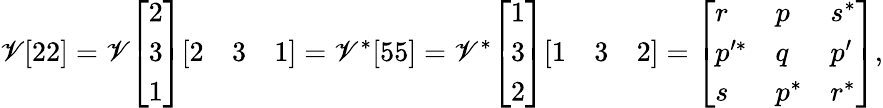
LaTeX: \mathscr{V}[22]=\mathscr{V}{\left[\begin{array}{l}{2}\\ {3}\\ {1}\end{array}\right]}{\left[\begin{array}{lll}{2}&{3}&{1}\end{array}\right]}=\mathscr{V}^{*}[55]=\mathscr{V}^{*}{\left[\begin{array}{l}{1}\\ {3}\\ {2}\end{array}\right]}{\left[\begin{array}{lll}{1}&{3}&{2}\end{array}\right]}={\left[\begin{array}{lll}{r}&{p}&{s^{*}}\\ {p^{\prime*}}&{q}&{p^{\prime}}\\ {s}&{p^{*}}&{r^{*}}\end{array}\right]},